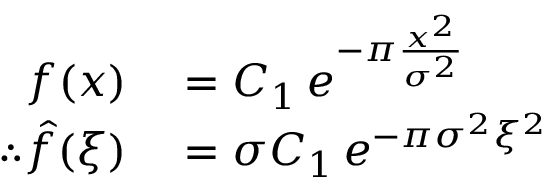
\begin{array} { r l } { f ( x ) } & { { } = C _ { 1 } \, e ^ { - \pi { \frac { x ^ { 2 } } { \sigma ^ { 2 } } } } } \\ { \therefore { \hat { f } } ( \xi ) } & { { } = \sigma C _ { 1 } \, e ^ { - \pi \sigma ^ { 2 } \xi ^ { 2 } } } \end{array}